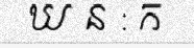
ឃ ន : ក